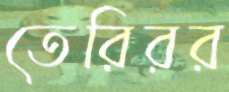
তেরিরর